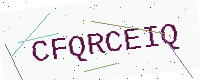
Text: CFQRCEIQ